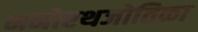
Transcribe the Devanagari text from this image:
मनोरथजोतिका